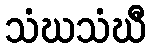
သံဃသံဃီ